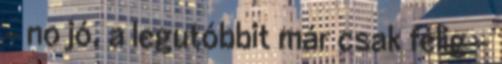
– no jó, a legutóbbit már csak félig –